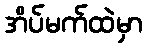
အိပ်မက်ထဲမှာ